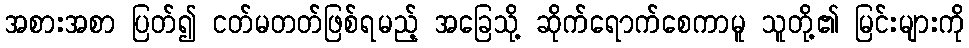
အစားအစာ ပြတ်၍ ငတ်မတတ်ဖြစ်ရမည့် အခြေသို့ ဆိုက်ရောက်စေကာမူ သူတို့၏ မြင်းများကို